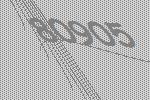
80905